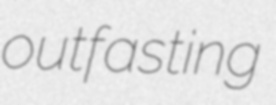
outfasting